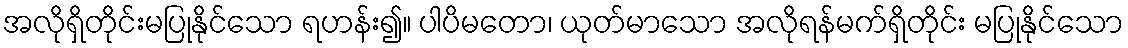
အလိုရှိတိုင်းမပြုနိုင်သော ရဟန်း၍။ ပါပိမတော၊ ယုတ်မာသော အလိုရန်မက်ရှိတိုင်း မပြုနိုင်သော